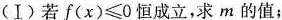
(Ⅰ)若$$f ( x ) ≤ 0$$恒成立，求m的值；